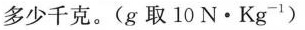
多少千克。(g取10N·Kg^{-1})